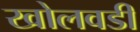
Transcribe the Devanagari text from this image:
खोलवडी